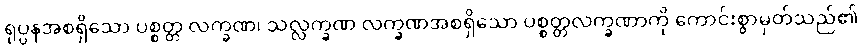
ရုပ္ပနအစရှိသော ပစ္စတ္တ လက္ခဏ၊ သလ္လက္ခဏ လက္ခဏအစရှိသော ပစ္စတ္တလက္ခဏာကို ကောင်းစွာမှတ်သည်၏